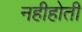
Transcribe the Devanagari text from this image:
नहीहोती